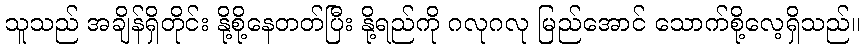
သူသည် အချိန်ရှိတိုင်း နို့စို့နေတတ်ပြီး နို့ရည်ကို ဂလုဂလု မြည်အောင် သောက်စို့လေ့ရှိသည်။